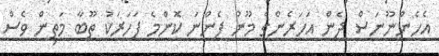
އެހެންނޫނަސް ދެން އަހަރެންގެ މޫނު ފެންނަ ކޮންމެ ފަހަރަކު ތޫބާ މަތިން ވެސް